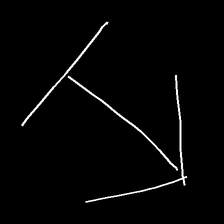
Glyph: levitation